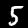
Label: 5